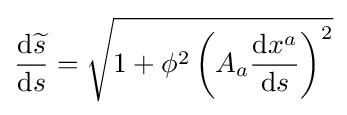
{\frac {\mathrm {d} {\widetilde {s}}}{\mathrm {d} s}}={\sqrt {1+\phi ^{2}\left(A_{a}{\frac {\mathrm {d} x^{a}}{\mathrm {d} s}}\right)^{2}}}